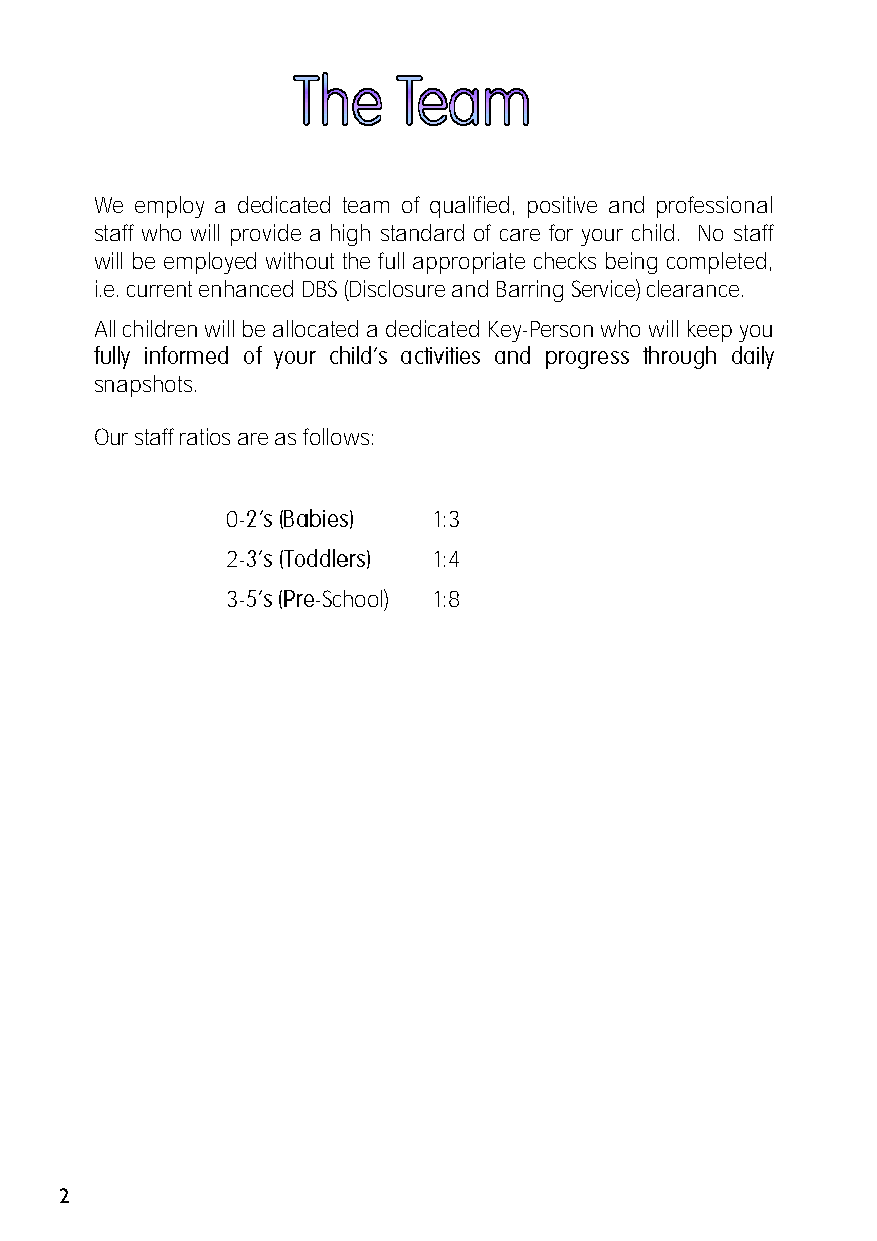
We employ a dedicated team of qualified, positive and professional
 staff who will provide a high standard of care for your child. No staff
 will be employed without the full appropriate checks being completed,
 i.e. current enhanced DBS (Disclosure and Barring Service) clearance.
 All children will be allocated a dedicated Key-Person who will keep you
 snapshots.
 Our staff ratios are as follows:
 0-            1:3
 2-            1:4
 3-    -School) 1:8
 2